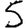
Digit: 5